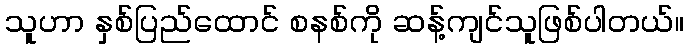
သူဟာ နှစ်ပြည်ထောင် စနစ်ကို ဆန့်ကျင်သူဖြစ်ပါတယ်။